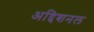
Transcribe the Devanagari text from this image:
अद्दिशनल